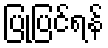
ပြုပြင်ရန်